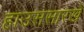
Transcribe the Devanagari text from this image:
हाउससारखे